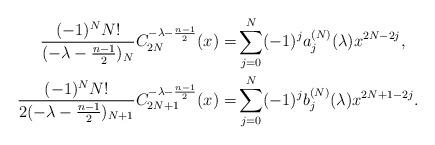
LaTeX: \begin{align*} \frac{(-1)^NN!}{(-\lambda-\frac{n-1}{2})_N}C_{2N}^{-\lambda-\frac{n-1}{2}}(x) =&\sum_{j=0}^N (-1)^ja_j^{(N)}(\lambda)x^{2N-2j},\\ \frac{(-1)^NN!}{2(-\lambda-\frac{n-1}{2})_{N+1}}C_{2N+1}^{-\lambda-\frac{n-1}{2}}(x) =&\sum_{j=0}^N (-1)^j b_j^{(N)}(\lambda)x^{2N+1-2j}.\end{align*}